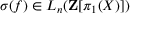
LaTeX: \sigma ( f ) \in L _ { n } ( \mathbf { Z } [ \pi _ { 1 } ( X ) ] )